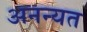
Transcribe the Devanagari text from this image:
अनन्यत